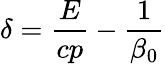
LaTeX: \delta=\frac{E}{cp}-\frac{1}{\beta_{0}}